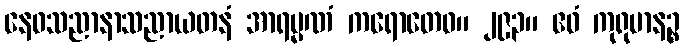
နေဝသညာနာသညာယတနံ အာရမ္မဏံ ကရောတေဝ။ ၂၉၃။ ဧဝံ ကုရုမာနဉ္စ